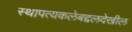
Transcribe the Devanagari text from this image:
स्थापत्यकलेबद्दलदेखील